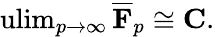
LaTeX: \operatorname{ulim}_{p\to\infty}{\overline{{\mathbf{F}}}}_{p}\cong\mathbf{C}.